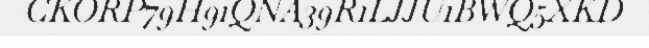
CKORP79H91QNA39R1LJJU1BWQ5XKD